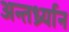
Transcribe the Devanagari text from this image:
अन्तर्ध्र्यान